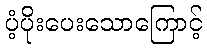
ပံ့ပိုးပေးသောကြောင့်